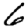
Digit: 6